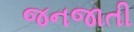
જનજાતી